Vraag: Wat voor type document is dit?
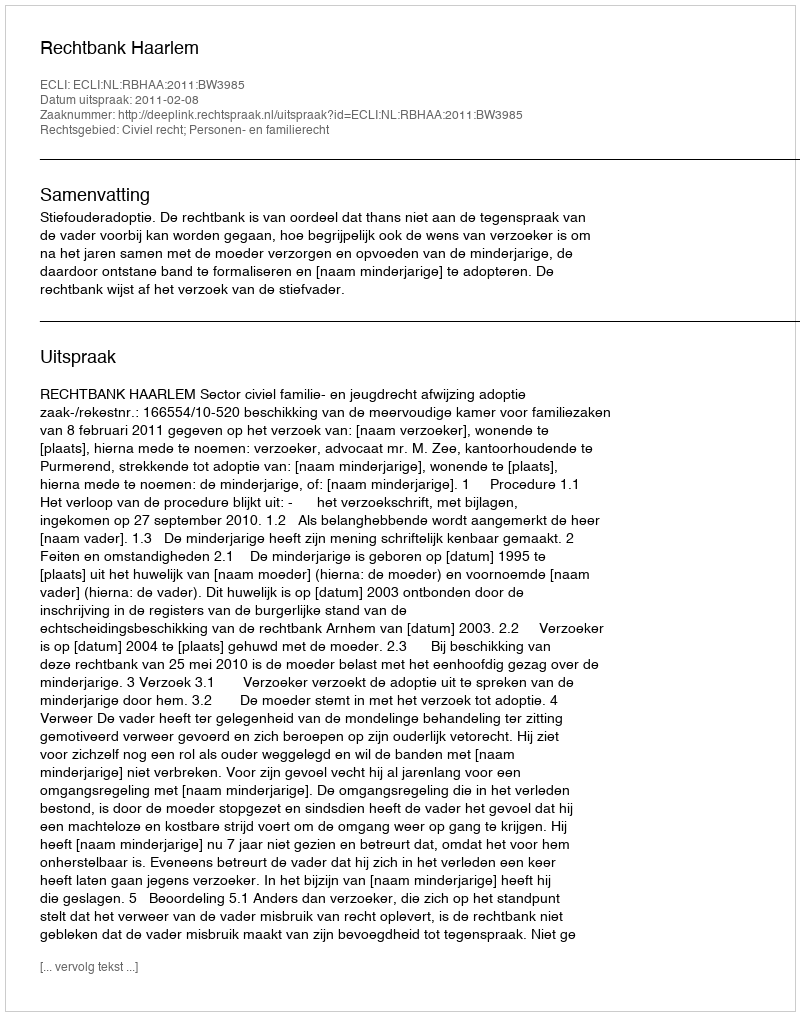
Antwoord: Uitspraak